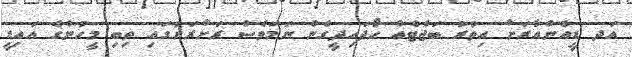
އަދ ޑީއެންއާރަށް އިތުރު ބަޖެޓެއް ހޯދައިދީގެން ނަމަވެސް ރަށްރަށުގައި ތިބި މީހުންގެ އައިޑީ